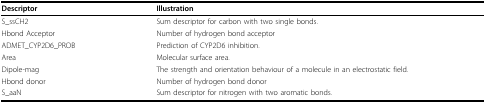
| Descriptor | Illustration |
 | --- | --- |
 | S_ssCH2 | Sum descriptor for carbon with two single bonds. |
 | Hbond Acceptor | Number of hydrogen bond acceptor |
 | ADMET_CYP2D6_PROB | Prediction of CYP2D6 inhibition. |
 | Area | Molecular surface area. |
 | Dipole-mag | The strength and orientation behaviour of a molecule in an electrostatic field. |
 | Hbond donor | Number of hydrogen bond donor |
 | S_aaN | Sum descriptor for nitrogen with two aromatic bonds. |